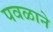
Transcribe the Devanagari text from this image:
पवळाने